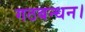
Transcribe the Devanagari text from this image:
गठबन्धन।